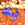
به